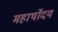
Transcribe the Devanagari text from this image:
महार्थोदय